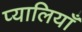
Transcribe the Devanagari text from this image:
प्यालियाँ